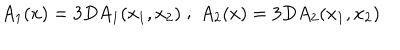
LaTeX: A _ { 1 } ( x ) = 3 D A _ { 1 } ( x _ { 1 } , x _ { 2 } ) \; ; \; A _ { 2 } ( x ) = 3 D A _ { 2 } ( x _ { 1 } , x _ { 2 } )